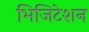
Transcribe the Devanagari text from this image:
भिजिटेशन